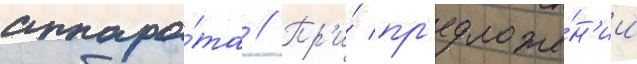
аппара́та // Пр'и́ пр'едложе́н'ии